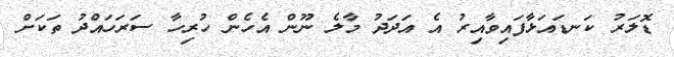
ޑޮލަރު ކަނޑައަޅާފައިވާއިރު އެ އަދަދު މާލެ ނޫން އެހެން ހުރިހާ ސަރަހައްދު ތަކަށް